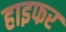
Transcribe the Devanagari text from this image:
हाइफर